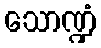
သောဏ္ဍံ